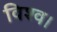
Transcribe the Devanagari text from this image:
विश्व।